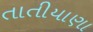
તાતીયાણા